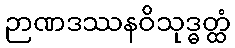
ဉာဏဒဿနဝိသုဒ္ဓတ္ထံ